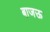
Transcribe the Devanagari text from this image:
बाजऊ